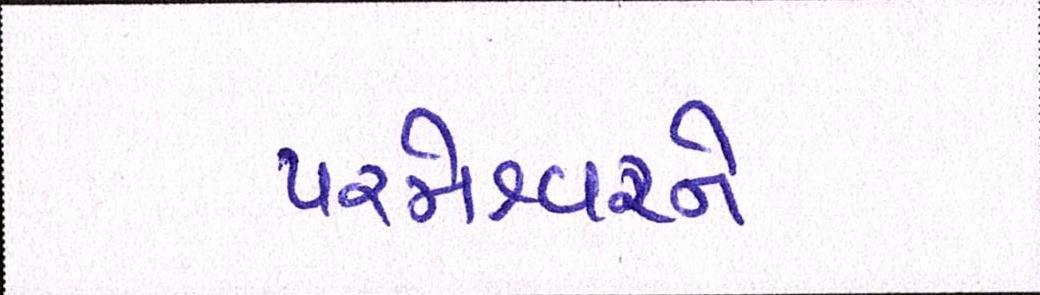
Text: પરમેશ્વરને